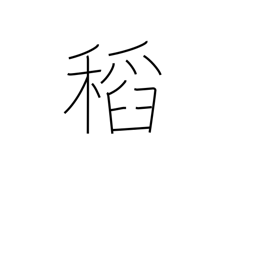
Meaning: rice plant